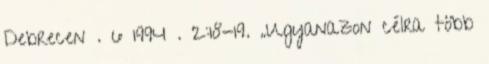
Debrecen . 6 1994 . 2:18-19. „Ugyanazon célra több